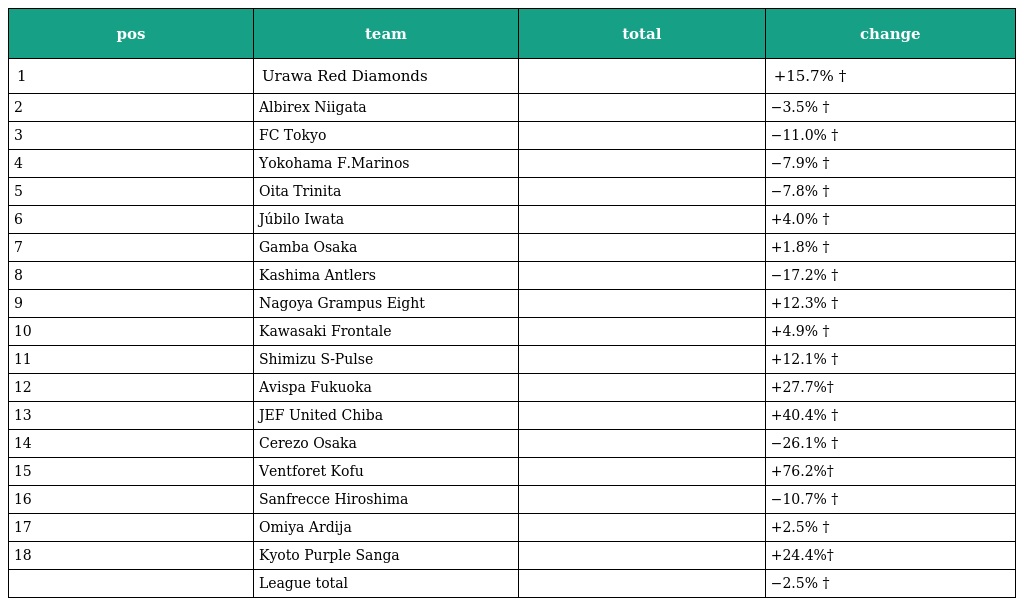
| pos | team | total | change |
 | --- | --- | --- | --- |
 | 1 | Urawa Red Diamonds |  | +15.7% † |
 | 2 | Albirex Niigata |  | −3.5% † |
 | 3 | FC Tokyo |  | −11.0% † |
 | 4 | Yokohama F.Marinos |  | −7.9% † |
 | 5 | Oita Trinita |  | −7.8% † |
 | 6 | Júbilo Iwata |  | +4.0% † |
 | 7 | Gamba Osaka |  | +1.8% † |
 | 8 | Kashima Antlers |  | −17.2% † |
 | 9 | Nagoya Grampus Eight |  | +12.3% † |
 | 10 | Kawasaki Frontale |  | +4.9% † |
 | 11 | Shimizu S-Pulse |  | +12.1% † |
 | 12 | Avispa Fukuoka |  | +27.7%† |
 | 13 | JEF United Chiba |  | +40.4% † |
 | 14 | Cerezo Osaka |  | −26.1% † |
 | 15 | Ventforet Kofu |  | +76.2%† |
 | 16 | Sanfrecce Hiroshima |  | −10.7% † |
 | 17 | Omiya Ardija |  | +2.5% † |
 | 18 | Kyoto Purple Sanga |  | +24.4%† |
 |  | League total |  | −2.5% † |